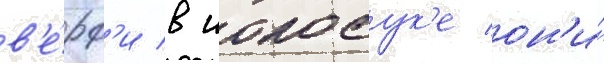
в'е́рф'и в иокосук'е он'и́